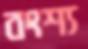
বংশ্য